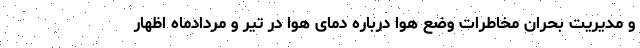
و مدیریت بحران مخاطرات وضع هوا درباره دمای هوا در تیر و مردادماه اظهار